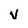
Character: V